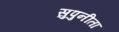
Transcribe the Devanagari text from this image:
सुपुनीता